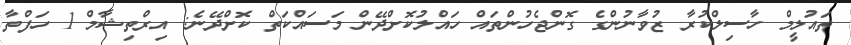
ތައުލީމް ހާސިލްކުރާ ޒުވާނުންގެ ގޮންޖެހުންތައް ހައްލުކޮށްދޭން މަސައްކަތް ކޮށްދޭނެ: އިރްތިޝާމް 1 ހަފްތާ